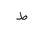
Letter: _da